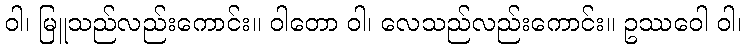
ဝါ၊ မြူသည်လည်းကောင်း။ ဝါတော ဝါ၊ လေသည်လည်းကောင်း။ ဥဿဝေါ ဝါ၊